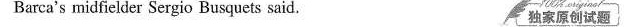
Barca's midfielder Sergio Busquets said.独家原创试题